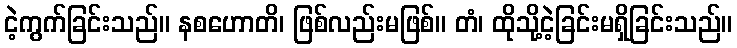
ငဲ့ကွက်ခြင်းသည်။ နစဟောတိ၊ ဖြစ်လည်းမဖြစ်။ တံ၊ ထိုသို့ငဲ့ခြင်းမရှိခြင်းသည်။